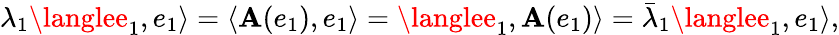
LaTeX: \lambda_{1}\langlee_{1},e_{1}\rangle=\langle\mathbf{A}(e_{1}),e_{1}\rangle=\langlee_{1},\mathbf{A}(e_{1})\rangle={\bar{{\lambda}}}_{1}\langlee_{1},e_{1}\rangle,